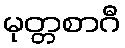
မုတ္တစာဂီ